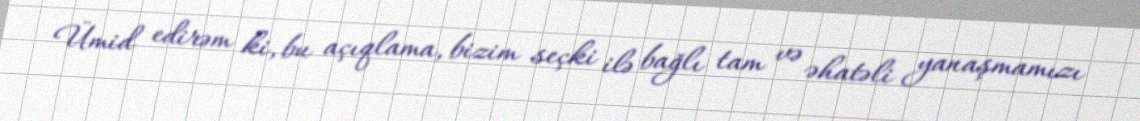
Ümid edirəm ki, bu açıqlama, bizim seçki ilə bağlı tam və əhatəli yanaşmamızı